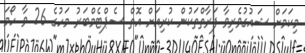
މިކަމަށް ޝައުގުވެރިވާ ފަރާތްތަކުން ކުރިއަށް އޮތް ސެޕްޓެމްބަރު މަހުގެ 26 ވާ ހޯމަ